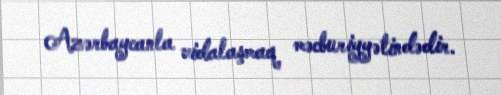
Azərbaycanla vidalaşmaq məcburiyyətindədir.